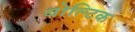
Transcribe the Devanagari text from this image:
बोल्टिक